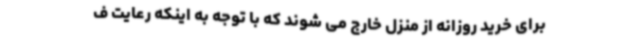
برای خرید روزانه از منزل خارج می شوند که با توجه به اینکه رعایت ف